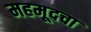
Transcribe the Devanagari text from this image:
महमूदचा